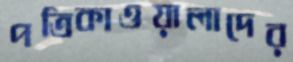
পত্রিকাওয়ালাদের